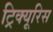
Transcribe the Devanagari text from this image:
ट्रिक्यूरिस